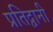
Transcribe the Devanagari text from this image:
प्रतिद्वानी